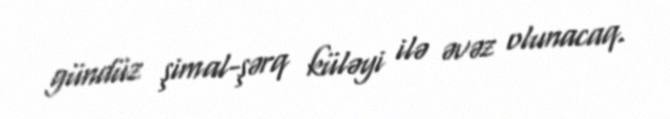
gündüz şimal-şərq küləyi ilə əvəz olunacaq.